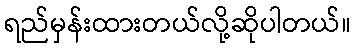
ရည်မှန်းထားတယ်လို့ဆိုပါတယ်။